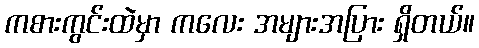
ကစားကွင်းထဲမှာ ကလေး အများအပြား ရှိတယ်။